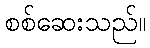
စစ်ဆေးသည်။